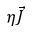
\eta \vec { J }